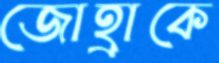
জোহ্রাকে